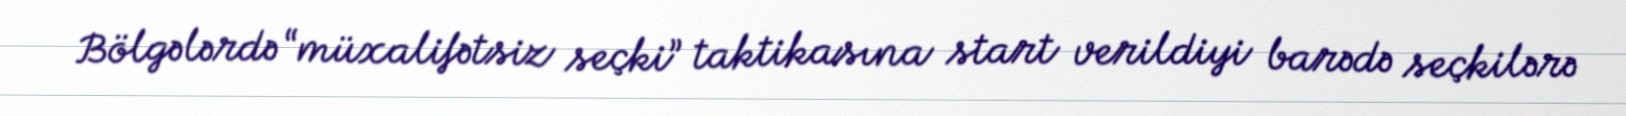
Bölgələrdə “müxalifətsiz seçki” taktikasına start verildiyi barədə seçkilərə